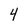
Character: 4